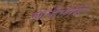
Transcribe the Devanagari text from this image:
खालीलप्रमाण